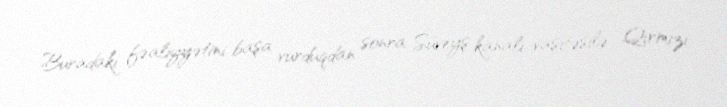
Buradakı fəaliyyətini başa vurduqdan sonra Süveyş kanalı vasitəsilə Qırmızı